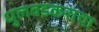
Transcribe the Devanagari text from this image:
धुलवडकराचा